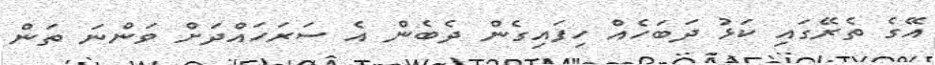
އޭގެ ތެރޭގައި ކަޅު ދަބަހެއް ހިފައިގެން ދެބެން އެ ސަރަހައްދަށް ވަންނަ ތަން